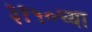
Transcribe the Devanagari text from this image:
३१५०च्या